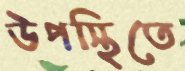
উপস্থিতে